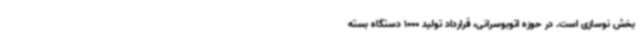
بخش نوسازی است. در حوزه اتوبوسرانی، قرارداد تولید 1000 دستگاه بسته